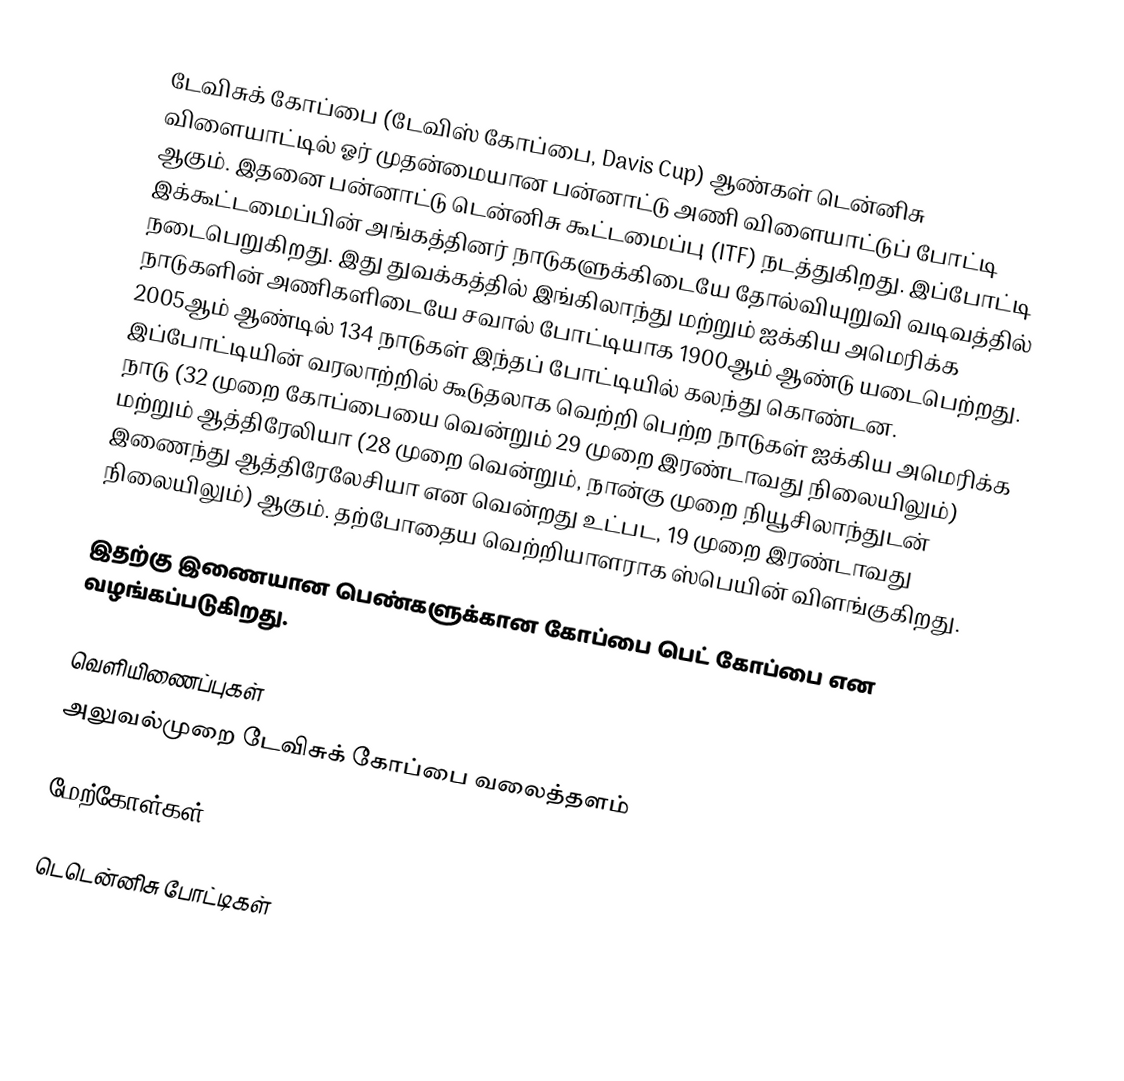
டேவிசுக் கோப்பை (டேவிஸ் கோப்பை, Davis Cup) ஆண்கள் டென்னிசு விளையாட்டில் ஓர் முதன்மையான பன்னாட்டு அணி விளையாட்டுப் போட்டி ஆகும். இதனை பன்னாட்டு டென்னிசு கூட்டமைப்பு (ITF) நடத்துகிறது. இப்போட்டி இக்கூட்டமைப்பின் அங்கத்தினர் நாடுகளுக்கிடையே தோல்வியுறுவி வடிவத்தில் நடைபெறுகிறது. இது துவக்கத்தில் இங்கிலாந்து மற்றும் ஐக்கிய அமெரிக்க நாடுகளின் அணிகளிடையே சவால் போட்டியாக 1900ஆம் ஆண்டு யடைபெற்றது. 2005ஆம் ஆண்டில் 134 நாடுகள் இந்தப் போட்டியில் கலந்து கொண்டன. இப்போட்டியின் வரலாற்றில் கூடுதலாக வெற்றி பெற்ற நாடுகள் ஐக்கிய அமெரிக்க நாடு (32 முறை கோப்பையை வென்றும் 29 முறை இரண்டாவது நிலையிலும்) மற்றும் ஆத்திரேலியா (28 முறை வென்றும், நான்கு முறை நியூசிலாந்துடன் இணைந்து ஆத்திரேலேசியா என வென்றது உட்பட, 19 முறை இரண்டாவது நிலையிலும்) ஆகும். தற்போதைய வெற்றியாளராக ஸ்பெயின் விளங்குகிறது.

இதற்கு இணையான பெண்களுக்கான கோப்பை பெட் கோப்பை என வழங்கப்படுகிறது.

வெளியிணைப்புகள்
 அலுவல்முறை டேவிசுக் கோப்பை வலைத்தளம்

மேற்கோள்கள்

டெடென்னிசு போட்டிகள்